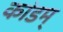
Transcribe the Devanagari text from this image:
कांडम्